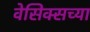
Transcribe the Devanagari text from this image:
वेसिक्सच्या